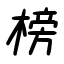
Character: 榜